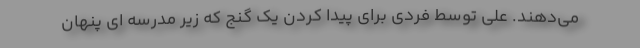
می‌دهند. علی توسط فردی برای پیدا کردن یک گنج که زیر مدرسه ای پنهان